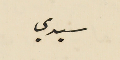
سيدي